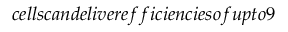
_ { } { } c e l l s c a n d e l i v e r e f f i c i e n c i e s o f u p t o 9 \